Vaccination report Assam 1896-1927 - 1896-1927
Year: 1896
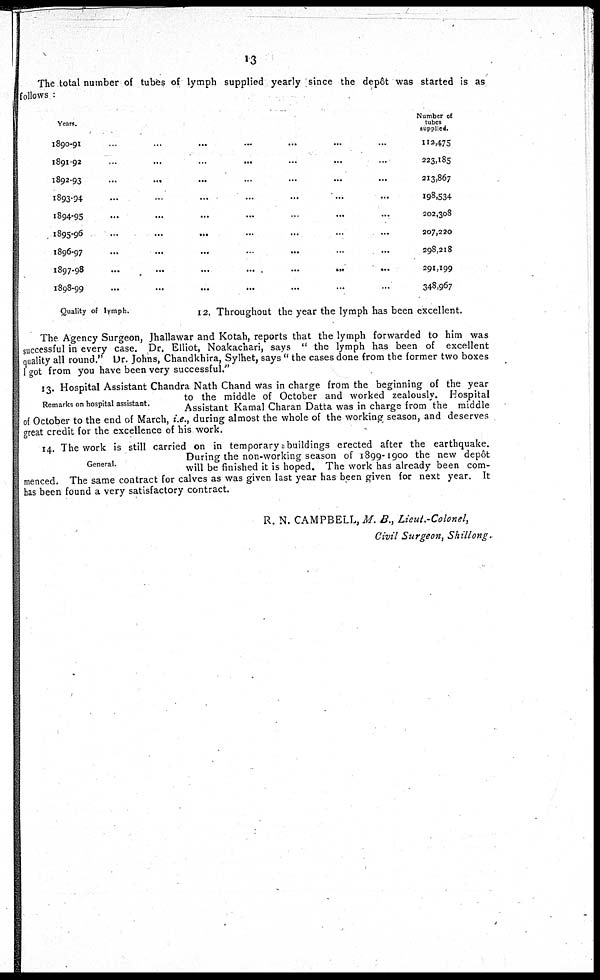
13
The total number of tubes of lymph supplied yearly since the depôt was started is as
follows :
Years.
l890-91
1891-92
1892-93
1893-94
1894-95
1895-96
1896-97
1897-98
1898-99
Number of
tubes
supplied.
112,475
223,185
213,867
198,534
202,308
207,220
298,218
291,199
348,967
Quality of lymph.
12. Throughout the year the lymph has been excellent.
The Agency Surgeon, Jhallawar and Kotah, reports that the lymph forwarded to him was
successful in every case. Dr. Elliot, Noakachari, says " the lymph has been of excellent
quality all round." Dr. Johns, Chandkhira, Sylhet, says " the cases done from the former two boxes
I got from you have been very successful."
Remarks on hospital assistant.
13. Hospital Assistant Chandra Nath Chand was in charge from the beginning of the year
to the middle of October and worked zealously. Hospital
Assistant Kamal Charan Datta was in charge from the middle
of October to the end of March, i.e., during almost the whole of the working season, and deserves
great credit for the excellence of his work.
General.
14. The work is still carried on in temporary buildings erected after the earthquake.
During the non-working season of 1899-1900 the new dep6t
will be finished it is hoped. The work has already been com-
menced. The same contract for calves as was given last year has been given for next year. It
has been found a very satisfactory contract.
R. N. CAMPBELL, M. B., Lieut.-Colonel,
Civil Surgeon, Shillong.